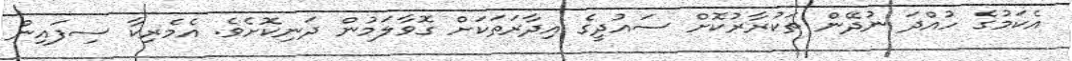
އެކަމުގެ ހުއްދަ ނުދޭން ތަކުރާރުކޮށް ސައުދީގެ އިދާރަތަކަށް ގޮވާލަމުން ދަނިކޮށެވެ. އެމެރިކާ ސިފައިން